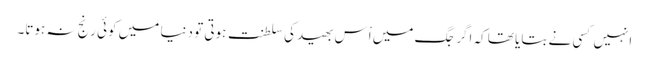
انہیں کسی نے بتایا تھا کہ اگر جگ میں اْس بھید کی سلطنت ہوتی تو دنیا میں کوئی رنج نہ ہوتا۔